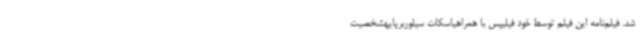
شد. فیلم‌نامه این فیلم توسط خود فیلیپس با همراهیاسکات سیلوربرپایهشخصیت